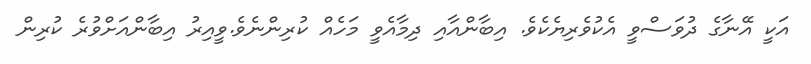
އަކީ އޭނާގެ ދުވަސްވީ އެކުވެރިޔެކެވެ. އިބާންއާއި ދިމާއެވީ މަހެއް ކުރިންނެވެ.ވީއިރު އިބާންއަށްވުރެ ކުރިން